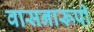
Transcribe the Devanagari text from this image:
वासनारूपी